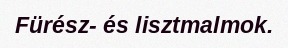
Fürész- és lisztmalmok.